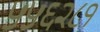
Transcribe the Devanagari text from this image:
५५६२८१